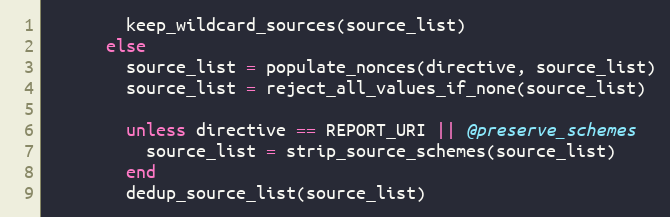
Language: Ruby
        keep_wildcard_sources(source_list)
      else
        source_list = populate_nonces(directive, source_list)
        source_list = reject_all_values_if_none(source_list)

        unless directive == REPORT_URI || @preserve_schemes
          source_list = strip_source_schemes(source_list)
        end
        dedup_source_list(source_list)